Vaccination in Bombay 1869-1873 - 1869-1873
Year: 1869
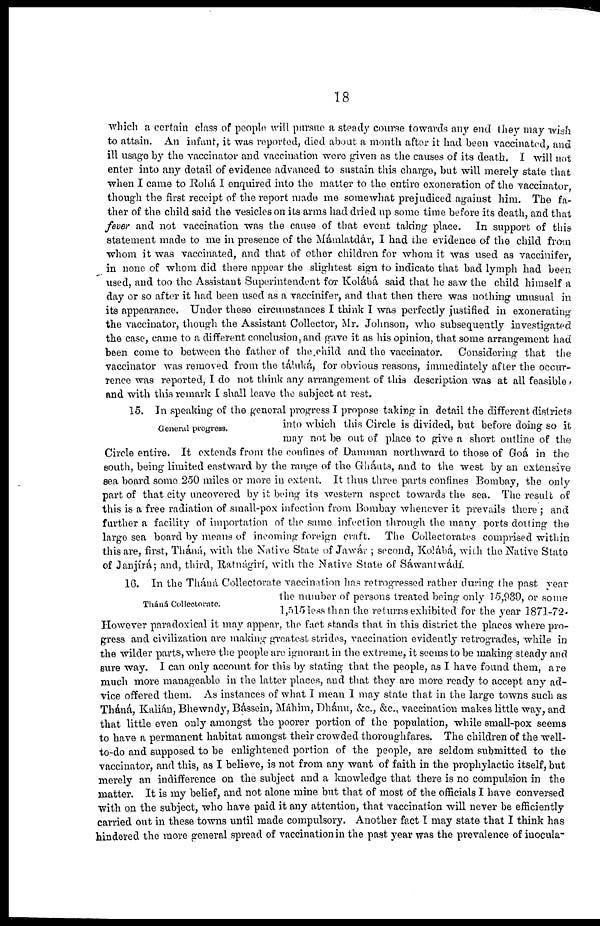
18
which a certain class of people will pursue a steady course towards any end they may wish
to attain. An infant, it was reported, died about a month after it had been vaccinated, and
ill usage by the vaccinator and vaccination were given as the causes of its death. I will not
enter into any detail of evidence advanced to sustain this charge, but will merely state that
when I came to Rohá I enquired into the matter to the entire exoneration of the vaccinator,
though the first receipt of the report made me somewhat prejudiced against him. The fa-
ther of the child said the vesicles on its arms had dried up some time before its death, and that
fever and not vaccination was the cause of that event taking place. In support of this
statement made to me in presence of the Mámlatdár, I had the evidence of the child from
whom it was vaccinated, and that of other children for whom it was used as vaccinifer,
in none of whom did there appear the slightest sign to indicate that bad lymph had been
used, and too the Assistant Superintendent for Kolábá said that he saw the child himself a
day or so after it had been used as a vaccinifer, and that then there was nothing unusual in
its appearance. Under these circumstances I think I was perfectly justified in exonerating
the vaccinator, though the Assistant Collector, Mr. Johnson, who subsequently investigated
the case, came to a different conclusion, and gave it as his opinion, that some arrangement had
been come to between the father of the child and the vaccinator.
Considering that the
vaccinator was removed from the táluká, for obvious reasons, immediately after the occur-
rence was reported, I do not think any arrangement of this description was at all feasible,
and with this remark I shall leave the subject at rest.
General progress.
15. In speaking of the general progress I propose taking in detail the different districts
into which this Circle is divided, but before doing so it
may not be out of place to give a short outline of the
Circle entire. It extends from the confines of Damman northward to those of Goá in the
south, being limited eastward by the range of the Gháuts, and to the west by an extensive
sea board some 250 miles or more in extent. It thus three parts confines Bombay, the only
part of that city uncovered by it being its western aspect towards the sea. The result of
this is a free radiation of small-pox infection from Bombay whenever it prevails there ; and
further a facility of importation of the same infection through the many ports dotting the
large sea board by means of incoming foreign craft.
The Collectorates comprised within
this are, first, Tháná, with the Native State of Jawár ; second, Kolábá, with the Native State
of Janjírá; and, third, Ratnágirí, with the Native State of Sáwantwádí.
Tháná Collectorate.
16. In the Tháná Collectorate vaccination has retrogressed rather during the past year
the number of persons treated being only 15,939, or some
1,515 less than the returns exhibited for the year 1871-72.
However paradoxical it may appear, the fact stands that in this district the places where pro-
gress and civilization are making greatest strides, vaccination evidently retrogrades, while in
the wilder parts, where the people are ignorant in the extreme, it seems to be making steady and
sure way. I can only account for this by stating that the people, as I have found them, are
much more manageable in the latter places, and that they are more ready to accept any ad-
vice offered them. As instances of what I mean I may state that in the large towns such as
Tháná, Kalián, Bhewndy, Bássein, Máhim, Dhánu, &c., &c., vaccination makes little way, and
that little even only amongst the poorer portion of the population, while small-pox seems
to have a permanent habitat amongst their crowded thoroughfares. The children of the well-
to-do and supposed to be enlightened portion of the people, are seldom submitted to the
vaccinator, and this, as I believe, is not from any want of faith in the prophylactic itself, but
merely an indifference on the subject and a knowledge that there is no compulsion in the
matter. It is my belief, and not alone mine but that of most of the officials I have conversed
with on the subject, who have paid it any attention, that vaccination will never be efficiently
carried out in these towns until made compulsory. Another fact I may state that I think has
hindered the more general spread of vaccination in the past year was the prevalence of inocula-